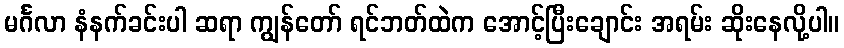
မင်္ဂလာ နံနက်ခင်းပါ ဆရာ ကျွန်တော် ရင်ဘတ်ထဲက အောင့်ပြီးချောင်း အရမ်း ဆိုးနေလို့ပါ။